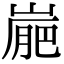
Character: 𡺮